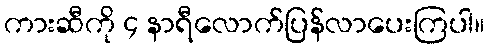
ကားဆီကို ၄ နာရီလောက်ပြန်လာပေးကြပါ။